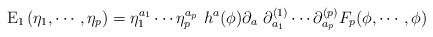
\begin{align*}{\rm E}_1 \left( \eta_1, \cdots, \eta_p \right) =\eta^{a_1}_1 \cdots \eta^{a_p}_p \, \, h^a( \phi ) \partial_a \, \,\partial^{(1)}_{a_1} \cdots \partial^{(p)}_{a_p}F_p ( \phi, \cdots, \phi)\end{align*}